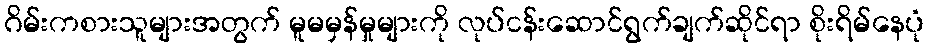
ဂိမ်းကစားသူများအတွက် မူမမှန်မှုများကို လုပ်ငန်းဆောင်ရွက်ချက်ဆိုင်ရာ စိုးရိမ်နေပုံ